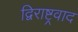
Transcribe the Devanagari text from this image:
द्विराष्ट्रवाद